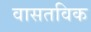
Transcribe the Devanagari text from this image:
वासतविक